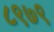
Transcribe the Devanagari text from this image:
८९७९